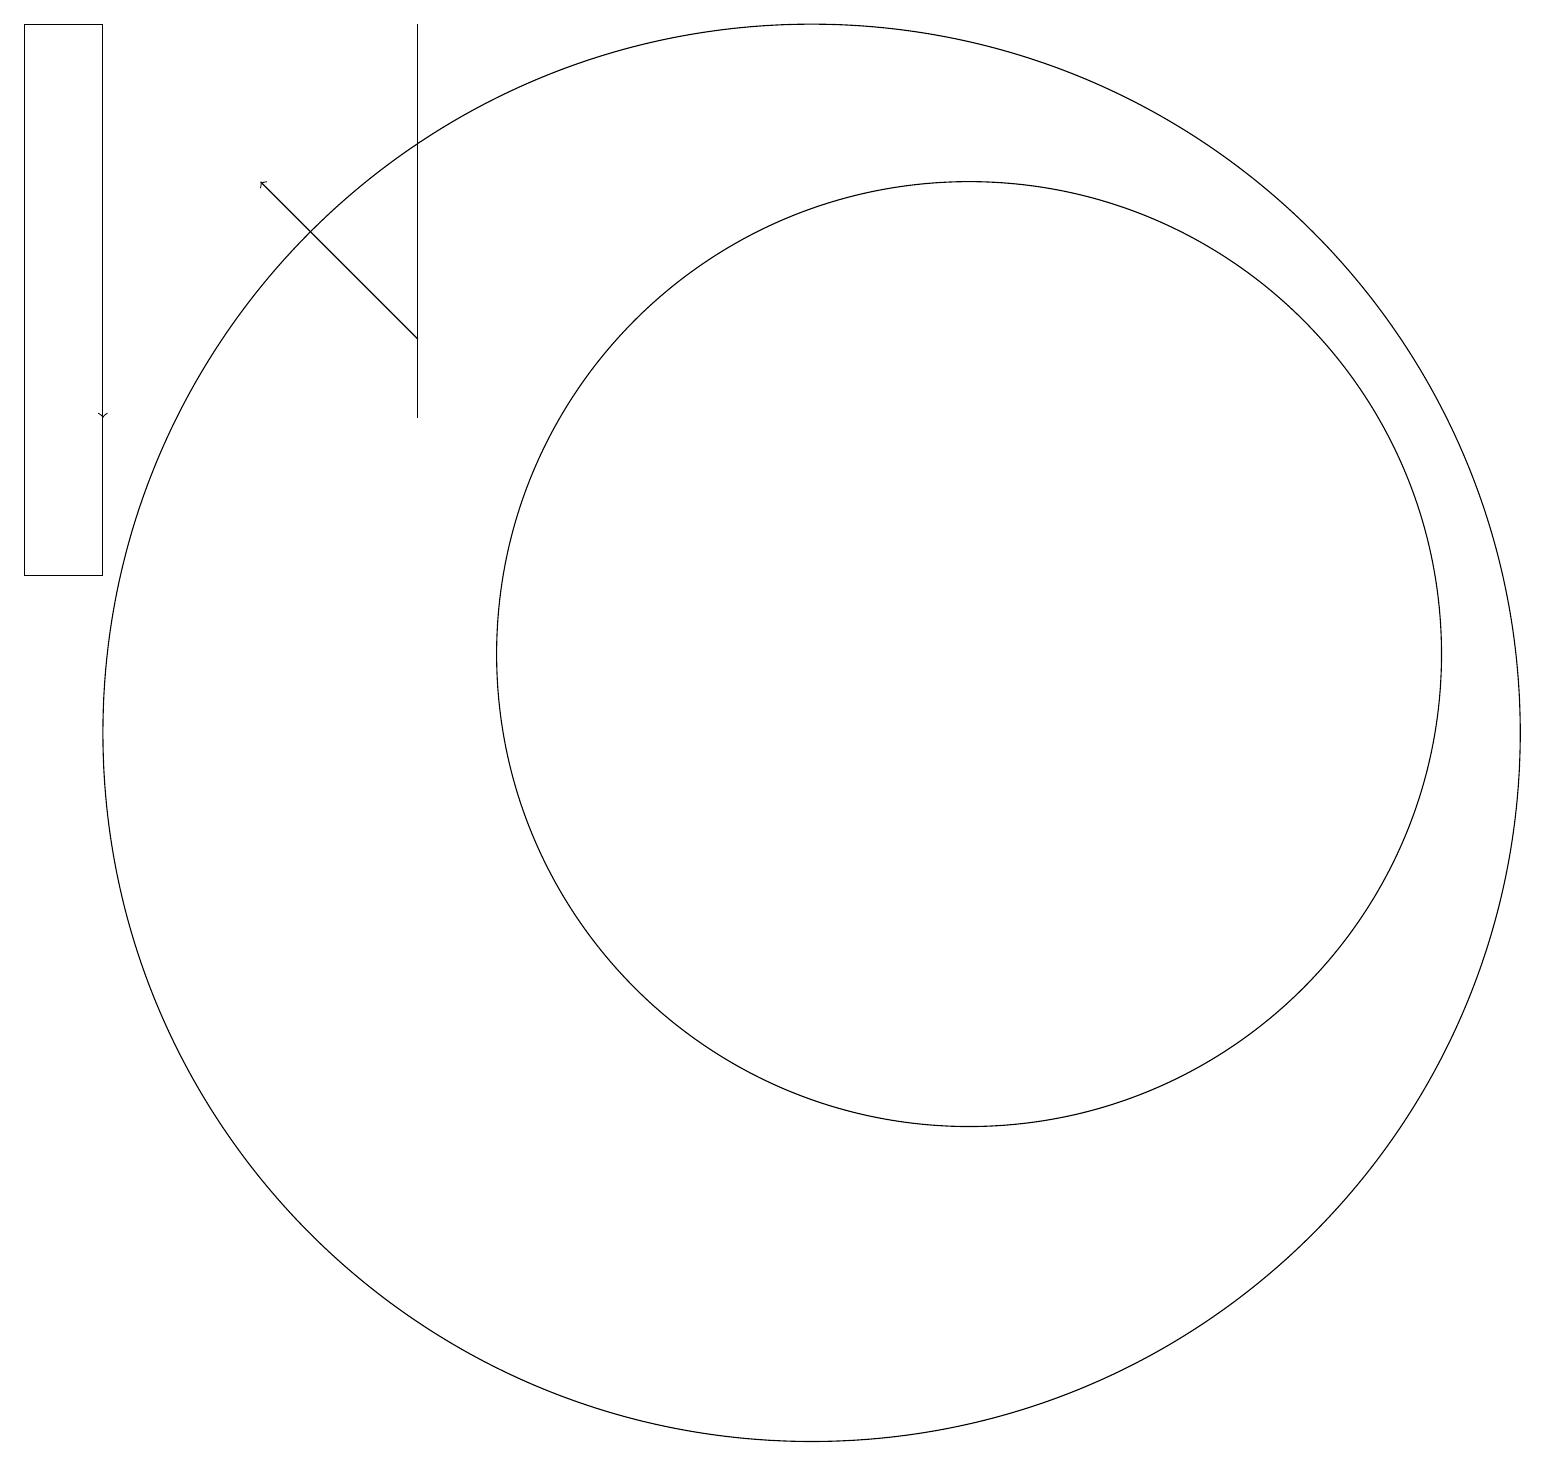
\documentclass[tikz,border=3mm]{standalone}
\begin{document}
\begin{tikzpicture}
\draw[->] (5,15) -- (3,17);
\draw (5,19) rectangle (5,14);
\draw (10,10) circle (9);
\draw (12,11) circle (6);
\draw[->] (1,19) -- (1,14);
\draw (1,12) rectangle (0,19);
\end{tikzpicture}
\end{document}